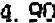
4.90